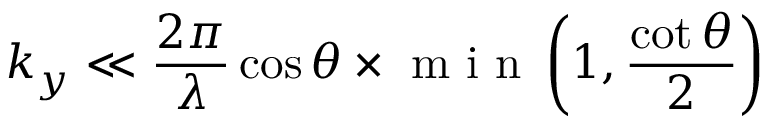
k _ { y } \ll \frac { 2 \pi } { \lambda } \cos \theta \times \textrm { m i n } \left( 1 , \frac { \cot \theta } { 2 } \right)